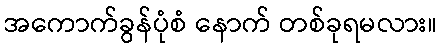
အကောက်ခွန်ပုံစံ နောက် တစ်ခုရမလား။